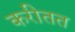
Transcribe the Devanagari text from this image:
करीतत